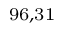
^ \mathrm { 9 6 , 3 1 }